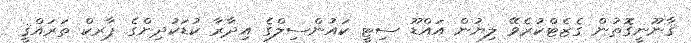
ޤާނޫނީގޮތުން ގެޒެޓްކުރެވޭ ލިޔުން އައްޑޫ ސިޓީ ކައުންސިލްގެ އިދާރާ ކުޑަކުދިންގެ ޕާރކް ތަރައްޤީ